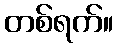
တစ်ရက်။